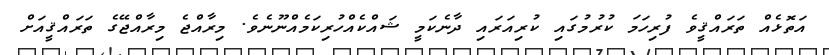
އަތޮޅެއް ތަރައްޤީވެ ފުރިހަމަ ކުރުމުގައި ކުރިއަރައި ދާނެކަމީ ޝައްކެއްހުރިކަމެއްނޫނެވެ. މިރާއްޖެ މިރާއްޖޭގެ ތަރައްޤީއަށް